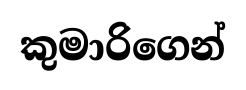
කුමාරිගෙන්